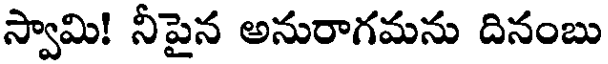
స్వామి! నీపైన అనురాగమను దినంబు